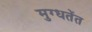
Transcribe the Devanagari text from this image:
मुग्धतेंत